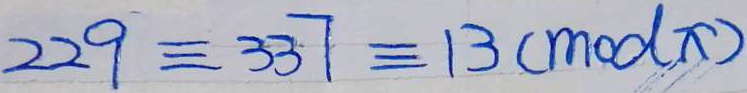
2 2 9 \equiv 3 3 7 \equiv 1 3 ( m o d x )